Annual report on the lock hospitals of the Madras Presidency
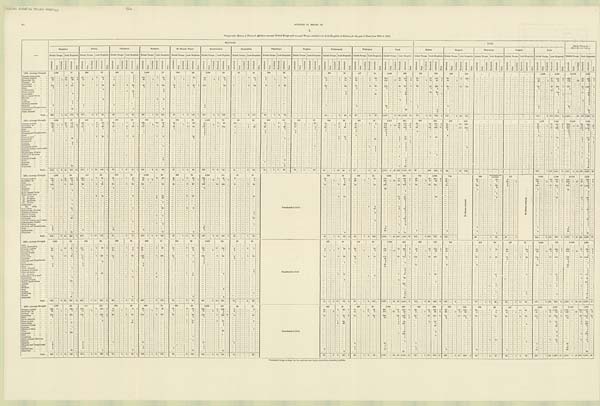
_
A N N V A L R E P O R T O N T H E L O C K
H O S P I T A L S 5 2 e
54
APPENDIX TO REPORT ON
Comparative Return of Venereal Affections amongst British Troops and amongst Women admitted into Lock Hospitals at Stations for the past 5 Years from 1873 to 1877.
—
MILITARY.
CIVIL.
G R A N D T O T A L O F
MILITARY AND CIVIL.
Bangalore.
Bellary.
Cannanore.
Kamptee.
St. Thomas. Mount.
Secunderabad.
Seetabuldee.
Thayetmyo.
Tonghoo.
Trichinopoly.
Wellington.
Total.
Madras.
Rangoon.
Thayet myo.
Tonghoo.
Total.
British Troops. Look Hospitals. British Troops. Lock Hospitals.
British Troops. Lock Hospitals. British Troops. Lock Hospitals.
Br i t i sh Tr oops.
Lock Hospitals. British Troops.
Lock Hopitals.
British Troops
Lock Hospitals. British Troops. Lock Hospitals. British Troops. Lock Hospitals
British Troops.
Lock Hospitals.
British Troops.
Lock Hospitals. British Troops
Lock Hospitals.
British Troops. Lock Hospitals.
British Troops.
Lock Hospitals.
British Troops.
Lock Hospitals.
British Troops.
Lock Hospitals.
British Tropops.
Lock Hospitals.
British Troops.
Lock Hospitals.
A d m i t t e d .
Died.
Inval i ded
Remai ned.
A d m i t t e d .
Died.
Admitted.
Died.
Inval i ded.
Re ma i n e d .
Admitted.
Died.
A d m i t t e d .
Died.
Inval i ded.
R e ma i n e d .
Admi t t ed
Died.
A d m i t t e d .
D i e d .
I n v a l i d e d .
Remai ned.
A d m i t t e d .
Died.
Admitted.
Died.
I n v a l i d e d .
Remai ned.
Admitted.
Died.
Admitted.
Died.
I nva l i de d.
Re ma i ne d.
Admi t t ed.
Died.
A d m i t t e d .
Died.
I nval i ded.
Re ma i ne d.
Admitted.
Died.
Admitted.
Died. Invalided.
Remai ned.
Admitted.
Died.
Admi t t ed.
Died.
Invalided.
Re ma i ne d.
Admi t t ed.
Di ed.
Admitted.
Di ed.
I nva l i de d.
Re ma i n e d .
Admi t t ed. Died.
Admi t t ed.
Died.
I nval i ded.
Re ma i ne d.
A d m i t t e d .
Died.
A d m i t t e d .
Died.
I nval i ded.
Re ma i ne d.
Admitted.
Died.
Admitted.
Died.
Inval i ded.
Remai ned.
Admitted.
Died.
Admitted.
Died.
Inval i ded.
Remained.
Admitted.
Died.
Admitted.
Died.
Invalided.
Remained.
Admitted.
Died.
A d m i t t e d .
Died.
Invalided.
Re ma i ne d.
Admitted.
Died.
Admitted.
Died.
Invalided. Remained.
Admitted.
Died.
Admitted.
Died.
Invalided.
Re ma i ne d.
A d m i t t e d .
Died.
1873.—Average Strength.
1,793
77
938
76
632
25
1,005
75
350
36
2,394
84
47
31
584
18
...
...
2 9 1
43
447
34
8,481
499
701
784
924
342
...
...
...
. . .
1 , 6 2 5
1 , 1 2 6
10,106
1 , 6 2 5
Chronic rheumatism
...
...
...
...
...
...
...
...
..
...
...
...
...
...
...
1
. . . ... ...
...
...
...
. . .
...
...
...
31
...
291
43
447
34
8,481
499
701
784
924
342
1
Primary syphilis
...
...
122
...
.
29
202
2
191
...
...
6
42
... 7
...
8
...
102
...
4
90
... 8
...
..
...
20
83
...
...
4
42
1 ... 3
22
7
18
.
1
...
94
3 7
442
2
656
86
962 6
Secondary do.
...
38
_
4
10
39
6
69
...
2
...
4
...
... 1
31
...
1
...
6
7
1
51
...
8 1
2
...
3
. . 7
1
...
...
...
.
10
1
50
2
31
2
26
562
49
520
4
26
...
...
24
159
2
68
...
...
..
...
_
...
...
...
...
...
...
...
28
5
1 2
30
1
240
22
25
96
7
Tertiary
do.
...
...
...
...
...
...
...
...
...
...
...
...
...
...
...
...
1
...
...
...
...
...
...
...
......
...
...
...
2
1
11
13
1
1
212
17
13
66
6
18
...
3
12
26 1
10
...
...
13
283
.. .
...
...
...
...
1
Carcenoma
...
...
...
1
...
...
...
...
...
...
...
. . .
. . .
...
. . . ..
...
. . .
...
...
...
...
...
...
...
...
...
...
...
...
...
...
...
...
...
...
...
...
...
...
...
...
...
...
...
...
...
...
...
...
...
...
...
...
...
1
...
1
2
4
...
...
...
...
...
...
. . . ...
...
1
Gonorrhœa
...
...
118
...
_
5
151
... 82
1
30
42
3
30
...
62
6
100
33
...
...
2
97
1
116
...
...
64
3
2
92
9
...
3
61
...
...
...
...
...
. . .
..
...
...
...
...
...
...
... 1
...
..
...
...
65
...
..
40 659
1
557
...
65
1,336
2
Bubo
...
...
2
...
...
...
...
...
...
...
...
... 1
1
...
...
2
... 1
...
...
...
...
...
...
30
22
...
17
3
30
512
25
677
1
32
24
495
1
33
...
...
..
...
...
...
...
1
...
...
1
4
8
1
6
.
Condylomata
...
...
...
...
...
...
...
...
2
...
...
...
...
. . . . . . ...
... 2
...
. . .
...
..
...
...
...
..
...
...
...
...
...
1
1
7
2
1
4
1
16
164
..
..
. ..
10
5
Ulcer os uteri
...
...
...
...
...
1
12
...
...
8
..
...
. . .
...
...
...
...
...
...
...
...
...
...
...
...
...
...
. .
...
1
5
...
...
...
...
...
...
...
...
...
68
...
... 11
92
Leucorrhœa ... ...
...
...
...
... 4
...
...
...
. . . ...
7
...
...
. . . ...
..
...
...
...
...
...
...
..
...
...
...
...
...
...
...
...
...
...
...
...
...
... 4
...
...
. . .
...
...
1
24
10
68
...
...
...
...
.. .
...
...
...
4
1
42
1
Recto-vaginal fistula
...
...
...
...
...
...
...
...
...
...
...
1
...
...
...
...
...
...
...
...
...
...
...
...
... 6
...
21
...
38
4
1
...
...
...
...
...
...
...
...
...
...
...
...
...
1
Metritis ... ... ...
...
...
...
...
.
...
...
...
...
...
1
. . .
...
...
...
...
...
...
..
..
...
...
...
...
...
...
...
...
...
. . .
...
...
...
1
...
...
...
...
...
...
...
...
...
...
...
...
1
Ulcer
...
...
...
...
...
...
...
...
...
...
... ... 2
5
...
...
...
...
...
...
...
...
...
...
...
...
...
...
...
...
...
...
...
...
...
... 1
...
...
...
.
...
...
...
...
...
...
...
...
...
...
...
...
...
...
...
...
...
2 8
1
Debilitas
...
...
...
...
...
1
1
...
...
...
3
. . . ...
...
...
...
...
...
...
...
...
...
...
...
...
...
...
...
...
...
...
...
...
...
...
...
...
...
...
2
8
.
...
...
...
...
...
...
...
...
...
...
...
...
...
...
...
...
...
...
...
...
...
1
Delirium tremens
...
...
...
...
... 1
...
...
...
...
...
...
. . .
...
...
...
...
...
...
...
...
...
...
...
...
...
1
1
...
...
...
...
...
...
...
...
...
...
...
...
...
...
...
...
...
...
...
...
...
1
Balanitis
...
...
... 5
2
3
...
...
...
...
...
...
...
...
...
...
...
...
...
...
...
...
...
...
...
...
...
...
5
...
...
20
... 1
1
...
...
7 ...
...
...
...
...
...
...
...
...
8
28
Phimosis and Paraphimosis ...
...
_
...
...
...
1
...
...
...
...
...
...
...
...
...
...
...
...
...
...
...
...
...
...
...
...
...
1
...
...
...
...
4
...
...
1
...
...
...
...
...
...
...
...
..
...
...
. . .
...
1
...
...
...
5
...
...
...
Observatio
20
...
...
...
...
...
...
...
...
1
...
...
2
...
...
...
...
...
...
...
...
...
...
...
...
...
...
...
...
...
...
...
...
...
...
...
...
...
...
...
5
...
...
...
..
..
...
...
...
5
Other diseases ... ...
...
„,
...
...
...
...
...
...
...
...
..
...
...
. . .
...
...
..
...
...
...
...
...
...
...
...
...
...
...
...
...
...
...
...
..
...
...
...
...
...
...
...
...
...
23
...
...
3
...
...
...
...
...
...
...
...
...
. . . ...
3
...
...
...
...
Total ...
285
4
44
419
9
335
2
7
80
...
5 6 ...
4
64
196
1
12
213
...
50
1 2
118
1
257
...
8
5
108
...
4
..
5
117
23
1
3 79
44
2
93
2
67
6
79
1,317
17
90
1,370
12
78
3
71 764
5
119
2
29
451
197
5
100
1,214
5
1,513
22
190
2,585
1 7
1874.—Average Strength.
1,680
97
858
73
589
29
95
72
854
28
2,465
78
46
19
678
19
428
13
250
35
471
31
8 , 8 1 4
494
603
929
872
353
1,475
1,282
10,289
1,776
Primary syphilis
...
...
164
..
20
151
...
205
..
...
6
79
1 23
1
7
...
239
...
.
16
76
...
25
...
.
1
39
.
44
2
29
13
16
2
7
34
20
14
6
5
1
21
2
6
793
56
419
2
33
34
221 3
34
30
249
67
64
470
3
860
1 2 0
889
5
Secondary do.
...
...
60
1
6
21
37
15
62
1
1
3
3
1 5
1
1
.
50
6
2
2
1
..
...
...
64
...
.
...
...
...
1
1
4
...
6
...
1
1
15
1
2
1
1
4
11
...
277
26
52
16
9
6
21
1
23
1
...
...
...
32
1
6
21
1
309
2*
18
32
73
17
Gonorrhœa
...
...
...
83
...
...
6
124
2
109
.
4
36
... 25
3
23
1
117
1
10
29
3
40
149
9
...
4
59
29
5
29
11
4
26
2 45
20
1
605
2
27
35
503
3
55
...
... 62
582
*1
3 0 ...
.
13
100
...
...
83
75
682
1
690
110
1,185
4
Bubo ... ... ...
1
3
.
... 1
1
. . .
. . . ...
...
. . .
1
5
7
132
7
1
1
1
1
12
1
3
...
...
1
3
1
...
...
...
...
3
1
1
15
2 4
Balanitis
...
...
4
. .
...
... 4
4
1
. ..
...
...
4
...
...
...
...
...
...
...
. . .
. . .
...
...
...
2
1
2
...
...
...
6
...
...
2
...
...
...
...
2
26
Phimosis and Paraphimosis ...
...
...
.
...
...
...
...
...
...
...
1
..
.. .
2
. .
..
..
..
... 2
1
2
...
...
...
...
...
. . .
...
...
...
6
Gleet
...
...
...
...
...
. .
...
...
...
. . .
...
...
...
...
. . .
...
...
...
... 1
...
1
1
...
...
1
...
3 ...
...
...
...
...
...
...
3
5
Ulcer os uteri
...
...
...
...
...
2
29
1
...
1 9
1
3
10
...
. . .
...
...
...
...
...
...
...
...
...
...
...
...
2
26
...
...
...
6
77
1
2
37
. . . ...
...
...
...
...
...
...
...
2
37
...
8
Leucorrhœa
...
...
...
19
.
...
...
...
...
...
...
5
...
...
...
...
...
...
...
1
...
...
...
2
4
...
...
19
2
48
...
...
...
...
...
...
...
...
...
...
...
...
...
2
Carcenoma
...
...
...
...
... 1
...
1
...
...
...
...
...
...
...
...
...
...
...
...
...
...
...
...
...
. . .
...
..
1
1
...
...
.
1
114
1
Auœmia
...
...
2
1
...
...
...
...
...
... .
..
...
...
...
...
...
...
...
...
...
...
..
...
...
...
...
...
...
...
...
...
...
2
1
...
...
...
...
...
...
...
...
...
...
...
...
...
...
...
...
...
...
...
...
...
...
48
Debilitas ... ...
...
_
...
...
...
...
...
. . .
... ...
. . .
...
...
...
...
....
...
...
...
...
...
...
...
...
...
...
1
...
...
...
...
.
...
...
...
...
...
...
...
1
Condyloma vulva
...
...
...
...
...
...
...
...
...
...
...
...
...
...
1
...
...
...
...
...
...
...
...
...
...
...
...
...
...
...
1
...
...
...
... 1
3
...
1
5
. . .
...
...
...
...
...
...
...
...
2
...
1
7
1
Granular inflam. cervix uteri.
_
...
...
...
...
...
...
...
...
...
...
...
...
...
...
...
...
...
...
...
...
...
1
...
...
1
...
...
2
...
...
...
... 1
Abrasion
...
...
...
...
...
...
...
...
...
...
...
...
...
. . .
...
...
...
...
...
...
...
...
...
...
...
...
...
...
...
...
1
...
1
...
...
...
...
...
...
...
...
...
...
...
...
...
...
1
Hypertrophy of labia ...
..
...
...
...
...
...
...
. . .
...
...
...
...
...
...
...
...
...
...
...
...
....
...
...
...
...
...
...
...
...
...
...
...
1
...
...
...
...
...
...
...
...
...
...
...
1
...
... 1
Abscess of the vulva ...
...
...
...
...
...
...
...
...
. .
...
..
...
. . .
...
...
...
...
. . .
...
...
...
...
...
...
...
...
...
...
...
...
...
...
...
...
...
...
...
...
...
1
. . .
...
...
...
...
...
...
...
...
...
...
... 1
...
1
Metritis
...
...
...
...
...
...
...
. .
...
...
1
...
...
...
...
...
...
...
...
...
...
...
...
...
...
...
...
...
...
...
..
...
...
..
...
1
...
...
...
...
...
...
...
...
..
...
...
...
...
...
...
...
...
...
1
Abscess of labia
...
...
...
. .
...
...
...
...
...
...
...
...
... 1
...
...
...
...
...
...
...
...
...
...
...
...
...
...
...
...
..
...
...
...
...
1
..
...
...
. . . ...
...
...
...
...
...
...
...
...
...
1
Ulcer ... ... ...
...
...
...
..
...
...
...
... 3
...
...
...
...
...
...
...
...
...
...
...
...
...
...
...
3
...
...
...
...
...
...
...
...
...
...
6
...
...
...
...
. . . ...
...
...
...
...
...
...
...
...
...
...
...
...
...
6
Enuresis
...
...
...
...
...
...
...
...
...
...
...
...
...
...
...
...
...
...
...
...
1
...
...
...
...
...
...
1
...
. . .
...
...
...
...
...
...
...
...
...
...
...
...
.. .
1
Scabies
...
...
...
...
...
1
23
...
...
...
...
...
...
...
...
...
...
...
...
. .
...
. .
...
...
1
...
...
...
...
...
...
...
...
...
...
1
...
..
...
...
. . .
...
...
...
...
...
...
...
...
...
...
...
...
...
...
...
...
... 1
Observatio
...
...
...
...
...
...
...
...
...
...
...
...
_
...
...
...
. . .
... ...
...
. . . ...
...
...
...
...
...
...
...
...
...
...
...
...
...
2
...
...
...
. . .
...
...
.
...
...
...
..
...
...
...
1
25
...
...
...
...
...
...
...
...
...
...
...
...
...
...
...
...
...
1
25
Total ...
312
1
6
49
357
19
378
1
1
15
148
3
57
...
1
6
40
1
408
...
6
18
96
...
57
...
1
4
94
...
269
...
9
9
161
...
21
5
64
...
54 ...
1
7
45 ...
63 ...
1
26
...
44
1
13
84
1
56
3
31
1 , 7 1 9
2
27
130
1,146
24
99
106
862
5
9 3
1
43
352
192
1
1 4 9
1 , 2 1 4
5
1 , 9 1 1
2
18
279
2,360
29
1875.—Average Strength.
1,667
85
907
95
612
32
1,006
80
367
31
2,280
111
47
19
Transferred to Civil.
280
41
503
34
7,669
528
524 1,090
744 No Return received.
680
Information not furnished.
471
N o R e t u r n r e c e i v e d .
2,449
1,090
10,118
1,618
Primary syphilis
...
110 ...
...
21
117
3
125
...
7 64
...
15
1
9
72
3
25
25
6
10
..
199
4
61
3
2
20
24
1
49
1
25
618
43
337
4
36
36
281
2
57
20
25
8
121
36
306
2
739
79
643
6
Socondary do.
...
...
43
...
6
18
14
4
58
... 1
...
...
... 9
...
5
61
1
2
12
... 1
2
1
67
... 9
1
1
4
9
1
1
1
26
...
1
285
121
18
27
7
34
3
8
19
1
21
1
7
1
16
2
78
6
8
20
1
363
1
27
26
47
8
Bubo ... ... ... ...
1
1
.
...
...
...
1
.
2
...
1
3
3
...
1
2
3
6
3
Gonorrhœa ...
... ...
134
11
109
93
2
95
35
4
52
121
52
...
25
...
...
3
37
1
193
...
...
14
238
9
...
...
1
32
...
1 4
...
...
1
38
12
55
636
36
708
1
6 2
...
...
56
431
4 4
36
1
29
2 ...
144
5 7
460
780
93
1,168
1
Ulcer
...
. . .
...
...
...
...
...
...
...
...
...
...
...
...
...
...
...
. . .
... ...
. . .
...
. . .
...
...
...
...
...
56
...
431
...
...
...
...
6
...
6
6
Balanitis
...
...
2
...
...
1
7
...
...
1
...
...
...
9
...
...
...
...
...
...
...
...
. . .
...
. .
...
...
...
...
...
...
... 20
...
...
...
...
1
1
21
Anæmia
...
...
...
...
2
..
..
..
..
..
..
...
...
...
..
..
.
..
...
. .
...
...
...
...
...
...
...
...
...
...
. . .
...
...
...
...
...
2
...
. . .
...
...
...
...
. .
...
...
...
...
...
...
...
2
Recto-vaginal fistula
...
...
...
...
...
...
...
...
...
. . .
...
...
...
. . .
...
...
...
...
...
...
...
...
...
...
...
...
...
...
...
... .
...
...
...
...
1
...
... 1
...
...
...
... 1
Ulcer cervix uteri
...
...
...
...
...
...
...
...
...
. . .
...
...
...
. . .
...
...
...
...
...
...
...
...
...
...
...
...
...
...
...
... 1
...
...
...
...
...
...
1
...
Do. os uteri
...
...
...
...
...
...
...
...
...
6
15
...
..
...
...
3
1
30
...
3
17
...
...
...
...
...
...
...
. . .
...
...
3
19
...
...
...
...
...
...
...
13
94
...
..
...
...
26
...
...
...
...
6
...
.
...
32
...
...
13
126
Do. of vagina
...
...
...
...
...
...
...
...
...
...
...
...
...
2
16
...
...
10
...
...
...
...
...
...
2
16
. . .
...
...
...
...
...
...
...
...
...
...
...
...
...
...
...
...
2
16
Do. perinæum
...
...
...
1
. . .
. . .
...
..
...
. . .
...
...
..
...
...
...
...
...
. . .
1
.
...
...
...
...
...
...
..
..
...
...
...
..
...
...
1
Do. of labia
...
...
...
...
...
..
...
...
...
...
. . .
...
...
...
1
...
...
...
...
...
...
...
...
. . .
...
...
...
...
...
..
...
...
1
. . .
...
...
...
...
....
...
...
...
...
...
...
...
...
...
...
1
Condyloma ... ... ...
1
...
...
...
...
...
...
...
...
...
...
...
. . .
. . .
...
...
...
...
...
...
. . .
...
...
...
...
...
...
...
...
1
...
...
...
...
...
...
...
...
...
...
...
1
...
Do.
vulva
...
...
. . .
...
...
...
...
...
...
...
...
...
. . .
...
...
...
...
...
...
...
...
...
...
...
...
...
1
2
. . .
...
...
...
...
...
2
...
...
...
...
...
...
...
...
...
...
...
...
...
...
...
...
...
1
2
Laucorrhœa ... ... ...
12
...
...
...
...
...
... 1
29
2
6
. . .
...
...
...
...
...
...
...
...
...
48
. . .
...
...
...
96
...
...
...
...
...
...
...
...
...
...
...
2
96
Hypertrophy of vulva ...
2
...
...
..
...
...
...
...
...
...
...
...
...
... 2
2
...
...
...
.
...
...
...
...
...
...
...
...
... 2
Abrasion of uterus ...
...
. . .
...
...
...
...
...
...
...
...
...
...
...
...
...
...
...
...
...
...
...
...
...
..
. . .
. . .
3
7
...
...
...
...
...
...
...
...
...
...
...
7
Œdema of labia ...
...
...
...
...
...
...
...
...
...
...
...
...
...
...
...
...
4
...
...
...
...
...
...
...
1
. . .
...
...
...
...
. . .
.. .
...
...
...
. . .
...
...
1
Abscess of labia
...
...
_
...
...
::.. 1
...
...
...
.
...
...
1
1
...
. . .
...
...
...
...
...
1
. . .
...
...
...
...
...
1
2
...
...
...
...
...
...
...
...
...
...
...
...
...
. . .
...
...
1
2
Catamenia
...
...
...
...
...
50
...
...
...
...
...
...
...
. . .
...
...
. . .
. .
...
. . .
..
...
...
...
...
...
...
...
... 60
...
...
...
...
...
...
...
. . .
...
... 60
Granular inflam. cervix uteri
. . .
...
...
...
...
...
...
...
...
...
...
. . .
. . .
...
...
...
. . .
...
...
...
...
...
...
...
...
...
10
...
...
...
...
...
...
2
. . .
...
...
...
...
2
...
..
...
...
...
...
...
... 2
Inflammation of labia
...
...
...
...
...
...
...
...
...
...
...
...1
...
...
...
...
...
...
...
. .
1
...
..
...
...
1
Warts of vagina
...
...
1
...
...
...
...
...
...
...
...
...
...
...
...
1
2
. . .
...
...
...
...
...
...
...
...
...
...
...
...
1
3
..
. . .
...
...
...
...
...
. . .
...
1
3
...
Phimosis and Paraphimosis ...
4
...
...
...
...
...
...
...
...
...
...
...
...
2
...
...
. . .
...
1
...
..
...
...
...
3
...
...
...
...
...
...
...
1
...
...
...
...
...
...
...
...
Gleet
7
...
...
...
...
...
...
1
...
. . .
...
...
...
...
13
...
...
...
...
...
...
...
...
...
. . .
18
...
...
...
...
...
...
...
...
...
...
...
...
...
...
...
...
...
Epididymitis ...
...
...
2
53
...
3
3
...
...
2
. . .
. . .
...
...
5
...
...
...
...
. . .
...
...
...
...
..
...
...
20
1
...
...
...
...
2
...
1
...
...
..
...
...
...
...
...
. . .
...
Observatio
...
...
...
...
...
...
...
...
...
...
...
...
...
... 3
12
3
. . .
...
2
...
...
...
2
73
...
...
...
...
1
...
...
...
...
..
...
...
18
...
2
74
Total ...
302
6
52
363
7
280
...
1
15
175
..
70
...
...
5
74
...
257
1
2
8
168
...
62
...
1
14
75
2
490
...
9
18
300
1
12
1
64
4 3
1
4
85
2
87
1
2
136
1,603
1
21
119
1,440
12
133
3
100
757
3
125
1
66
1
69
28
...
2
3 5 2
6
101
826
3
1,955
1
27
220
2, 266
15
1876.—Average Strength.
1,641
76
898
80
696
33
909
74
341
28
2,327
50
10
Transferred to Civil
267
40
447
40
7,576
508
636
747
742
674
24
457
11
2,509
782
10,085
1 , 2 9 0
Ague ... ... ... ...
2
...
...
...
...
. . .
...
. . .
...
...
. . .
2
2
Acute rheumatism ...
...
. . .
...
1
. .
...
...
...
...
...
...
...
...
...
...
. .
...
...
...
. . .
...
. . .
...
...
...
...
...
...
. . .
...
...
...
. . .
...
1
1
Primary syphilis
...
...
40
...
..
10
61
1
141
...
...
4
48
2
13
...
1
2
1
57
1
50
19
2
1 2
183
...
...
11
143
3
...
...
2
2
5
5
18
2
26
55
4 8 7
34
391
6
49
37
313
2
57
...
...
...
19
...
...
1
15
48
10
173
39
338
2
660
7 3
729
8
Secondary do. ... ...
24
4
4
.
16
7
40
...
...
2
18
...
...
..
1
...
3
..
75
...
5
1
...
2
3
1
1
8
1
5
1 8 7
1
18
15
8
2
3
2 9
1
22
...
4
...
...
19
...
1
...
...
10
...
1
8
...
59
...
8
3
37
1
246
1
26
3
52
1
General dropsy
_
...
...
...
...
...
1
1
...
..
..
..
. .
...
...
..
..
...
...
...
..
.
...
.
...
1
1
1
1
Diarrliœa
...
...
...
. . .
_
...
... 2
.
..
...
...
..
...
...
. . .
...
...
...
...
. .
. . .
...
...
...
...
...
...
...
...
...
...
. . .
...
...
..
...
..
...
. . .
...
...
...
. . .
2
59
518
2
Gonorrhœa
...
...
. . .
88
...
...
12
93
...
75
...
8
199
1
12
1
62
...
158
...
1
108
...
22
1
7
209
...
2
98
. . .
8
...
...
1
5 0
...
1 3
...
...
4
3 3
...
1 9
...
3
5 4
6 0 4
704
1
103
55
447
40
37
...
...
3
28
14
...
..
1
43
...
194
798
92
1 , 2 2 2
1
Balanitis
...
...
...
4
10
...
...
1
. . .
12
...
...
1
9
...
...
3
2
42
1
...
...
...
...
...
...
...
4
...
...
...
5
47
Phimosis and Paraphimosis...
...
1
...
...
...
. . .
...
...
...
...
...
. . .
...
2
...
...
...
. . .
...
...
...
. . .
...
..
3
...
.
...
3
Bubo ... ... ... ...
...
...
...
3
..
...
. . .
...
...
...
...
..
1
6
...
...
...
. . .
...
...
...
1
...
1
. . .
7
5
...
...
...
...
...
...
...
...
...
...
7
5
Epididymitis ...
...
...
1
5
...
...
...
...
7
...
. . .
...
7
. . .
...
...
...
...
...
...
...
20
...
1 1
...
...
...
...
... 3
...
...
...
...
2
...
..
...
16
...
36
Gleet ... ... ... ...
5
...
3
...
...
...
...
3
..
. . .
...
. . .
...
...
...
...
. . .
...
...
...
. . .
...
. . .
...
...
...
11
...
...
...
...
...
_
..
...
...
...
...
...
. .
11
...
Pelvic cellutitis
...
...
...
...
...
2
...
...
...
. . .
..
. . .
...
...
...
...
...
...
...
...
...
...
...
..
. . .
...
...
...
. . .
. . .
...
...
...
. . .
2
...
...
...
...
...
...
...
...
...
...
2
...
Abrasion of uterus ... . . .
...
...
...
...
...
...
...
...
...
...
...
...
...
. . .
...
..
...
2
...
...
...
...
...
...
...
...
...
...
..
...
...
...
2
Ulcer of uterus
...
...
. . .
...
...
...
...
...
1
...
. . .
...
...
...
...
...
...
...
1
...
...
...
. . .
...
...
...
...
3
...
...
...
...
...
...
...
...
...
...
..
3
Do. us uteri
...
. . .
...
...
. . .
...
2
23
...
...
...
2
1
7
...
...
4
...
...
...
2
.
...
...
2
1 3
.
..
7
47
... .
.
...
..
...
_
_
...
...
...
15
...
...
...
5
. .
4
56
11
103
Excoriation of us uteri
...
...
...
2
...
...
...
...
...
...
...
...
1
3
...
...
. . .
...
...
...
53
...
..
..
...
. . .
1
8
...
...
...
...
. . .
...
...
...
...
...
1
...
...
...
1
1
Leucorrhœa
..
..
...
2
...
...
...
...
...
...
...
...
...
...
...
...
...
...
...
...
73
...
4
3
.
...
...
.
..
1
4
73
Abscess of labia
107
...
...
...
...
...
...
...
. . .
...
...
. . .
..
...
...
...
...
...
...
...
...
7
...
...
...
4
...
...
...
...
...
...
...
...
...
...
...
1
...
1
..
Scanty menstruation
...
...
...
..
1
...
...
...
...
. . .
...
. . .
...
...
...
...
...
...
...
...
.
...
...
...
...
...
...
...
...
..
..
...
...
107
Abscess
...
...
...
. . .
...
...
...
...
...
...
...
...
...
...
. . .
...
. . .
...
...
...
...
...
...
...
..
...
...
...
...
...
...
107
...
...
...
...
1
...
...
...
...
. . .
...
...
1
...
...
...
1
2
Ulcer
...
...
...
. . .
...
1
...
...
...
...
...
...
...
. . .
. . .
...
. . .
. . .
. . .
...
. .
...
...
...
...
...
...
...
...
...
...
1
...
...
...
...
...
...
...
...
...
...
1
1
...
...
1
1
1
1
Whitlow
...
...
...
. .
...
...
...
...
...
...
...
...
...
...
...
...
2
. . .
...
. . .
..
...
. . .
...
..
...
...
...
...
...
...
. . .
..
...
...
...
...
1
Wart
...
...
...
...
. . .
...
...
..
..
..
..
...
...
...
...
...
..
...
. . .
...
. . .
...
. . .
...
...
...
...
1
...
...
...
...
...
...
2
Scabiess ... ... ...
8
...
...
...
...
...
. . .
. . .
...
. . .
...
...
...
. . .
...
...
1
...
. . .
...
...
. . .
...
2
. . .
...
...
...
...
...
...
..
...
...
1...
...
...
1
...
...
...
...
. . .
...
1
Condyloma
...
...
...
...
..
1
..
...
...
...
. . .
...
...
. . .
. . .
...
...
...
...
...
...
...
. . .
. . .
...
...
. . .
. . .
...
...
...
9
...
...
..
...
. . .
. . .
1
...
...
1
...
10
Wound
...
...
...
Obseiyatio
...
...
...
41
4
2
2
...
...
...
...
. . .
...
...
1
49
...
...
...
...
. . .
...
...
...
1
49
Total ...
162
...
4 22
327
2
251
7
14
273
3
66
3
74
1
255
6
1 5 8
43
4
85
491
5
13
250
16
3
5 6
21
1
1
11
7 2
2
56
1
4
123
1,361
1
18
78
1,418
8
171
...
2
99
826
3
123
...
4
77
1
5
62
76
1
2
67
447
8
106
955
3
1 , 8 0 8
1
26
184
2,373 11
1877.—Average Strength.
1,730
89
844
105
6 3 4
30
830
70
321
49
2,400
150
49
18
Transferred to Civil.
285
45
523
4 3
7,616
5 9 9
646
809
750
443
572
25
417
2,385
1,277
10,001
1,876
Primary syphilis ... ...
226
1
..
4
105
1
242
...
..
6
113
4
6
1
8
1
48
...
3
30
...
37
....
3
16
245
4
282
7
2
32
4
3 2
1
17
2
3 9
860 1
27
627
7
69
48
397
3
69
28
600
1
20
1
4
19
2
21
177
79
1,022
4
1,037
1
1 0 6
1,649
11
Secondary. do.
23
1
2
13
8
14
1
8
1
5
...
65
...
2
1
3
2
...
10
5
14
1
1
2
154
19
2
10
5
1
6
39
3
28
2
3
33
4
1
4
4
41
7
9
73
3
195
26
1 1
83
Tertiary
do.
...
...
. . .
...
...
...
...
...
...
...
...
...
...
...
...
...
...
...
...
...
...
. . .
...
5
.
.
5
5
Gonorrhœa
...
...
..
170
...
2
204
141
..
...
7
273
3
33
...
...
3
34
119
...
1
3 9
1 8 3
...
..
1
126
*1
4 7
5 2
1
44
3
32
2
52
788
22
946
7
92
35
424
5
34
10
310
1
33
32
25
2
33
184
47
799
6
9 7 2
6 9
1 , 7 4 5
Bubo
7
1
...
1
6
1
5
1 2 7
...
5 3
...
...
2
...
2
..
5
1
1
10
1
10
1
1
2
7
3
7
13
1
1 7
Pelvic cellutitis
...
. . .
...
...
1
...
..
...
...
...
...
...
...
. . .
. . .
...
...
..
. . .
1
1
Ulcer os uteri
. . .
...
. . .
...
...
2
...
...
5
...
...
...
1
11
...
...
2
27
. . .
...
8
1
3 3
4
86
2
27
2
27
6
1 1 3
Leucorrhœa
1
17
...
...
. . .
...
. . .
39
...
. . .
...
. . .
. . .
1
51
1
4
43
4
151
1
4
5
4
156
Abscess of labia
...
...
. . .
...
...
...
...
...
. . .
. . .
...
...
...
...
...
...
1
...
...
...
...
1
16
16
1 7
Contusio
...
...
...
...
1
...
...
. . .
...
...
. . .
...
...
...
1
1
Œdema of labia ... ...
...
...
...
...
...
...
...
...
...
..
...
...
...
...
...
...
1
1
1
U l c e r
. . .
...
...
...
.
...
...
45
...
...
...
...
45
2
2
4 7
Catamenia
...
...
...
...
4
158
...
...
...
...
...
...
. . .
...
...
...
...
...
. . .
...
...
. . .
...
...
...
4
158
4
1 5 8
Wart
...
...
...
...
...
...
...
...
...
...
...
...
...
...
...
1
..
...
...
...
...
1
4
4
5
Condyloma
. .
...
...
...
...
...
...
...
...
...
. . .
1
...
...
...
...
...
1
1
Other venereal affections
...
...
...
...
...
...
...
...
...
...
...
...
...
. . .
...
...
...
...
. . .
...
...
...
2
10
2
10
10
Metritis
...
..
...
. . .
...
...
..
. . .
. . .
...
...
...
...
...
...
1
...
...
...
...
...
...
...
...
...
1
1
1
2
Balanitis
1
5
...
1
...
...
10
17
...
...
. . .
...2
...
3
39
1
1
40
Phimosis and Paraphimosis...
2
. . .
1
...
...
...
..
. . .
. . .
...
...
...
. . .
...
...
1
...
...
4
4
Gleet
1
. . .
3
...
...
1
...
...
..
...
3
...
. . .
...
...
1
9
7
7
16
Epididymitis ...
..
1
8
...
...
. . .
. . .
3
1
. . .
...
6
...
...
...
2
1
22
2
2
4
14
36
Observatio
60
4
...
..
3
...
14
...
...
12
...
...
3
96
6
96
Total ...
431
1
1
12
547
1
414
...
8
14
398
8
54
...
1
4
89
1
189
...
1
8
157
96
6
138
...
522
...
2
8
503
1
16
58
96
5
8
156
4
68
1
5
94
1,886
1
19
65
2,140
15
177
1
91
910
11
139
2
41
950
2
59
3
47
52
4
4
59
427
7
139
1,966
13
2,313
1
26
204 4,106
28
*Admitted for gonorrhcea, but her condition was broken down from secondary syphilis.